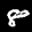
Label: 8